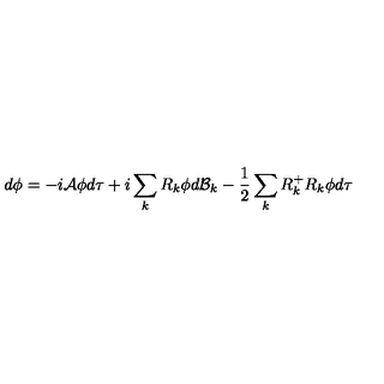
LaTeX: d \phi = - i { \cal A } \phi d \tau + i \sum _ { k } R _ { k } \phi d { \cal B } _ { k } - \frac { 1 } { 2 } \sum _ { k } R _ { k } ^ { + } R _ { k } \phi d \tau